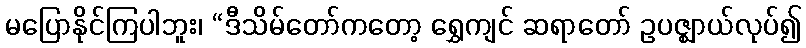
မပြောနိုင်ကြပါဘူး၊ “ဒီသိမ်တော်ကတော့ ရွှေကျင် ဆရာတော် ဥပဇ္ဈာယ်လုပ်၍